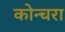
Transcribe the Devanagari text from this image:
कोन्चरा